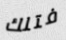
فتلك